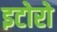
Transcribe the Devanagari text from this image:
इटोरो